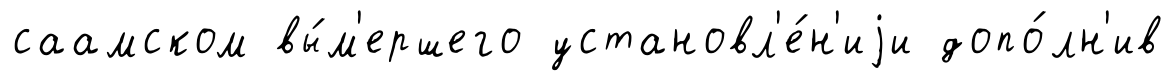
саамском вы́м'ершего установл'е́н'иjи допо́лн'ив